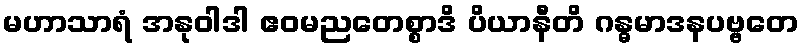
မဟာသာရံ အနုဝါဒါ ဧဝမညတေစ္စာဒိ ပိယာနီတိ ဂန္ဓမာဒနပဗ္ဗတေ